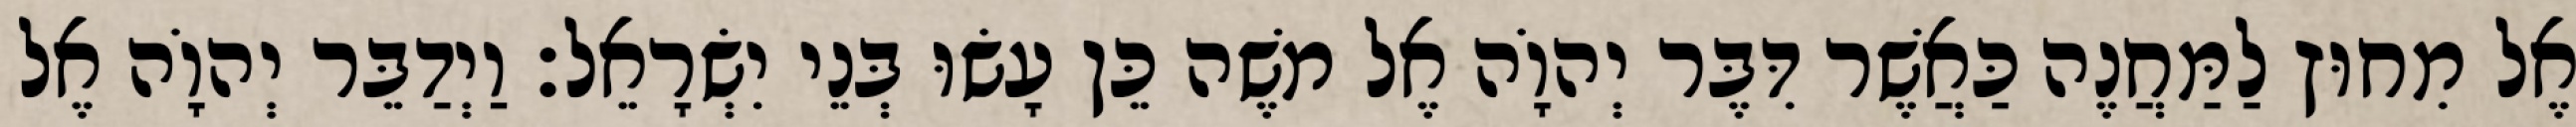
אֶל מִחוּץ לַמַּחֲנֶה כַּאֲשֶׁר דִּבֶּר יְהוָֹה אֶל משֶׁה כֵּן עָשׂוּ בְּנֵי יִשְׂרָאֵל׃ וַיְדַבֵּר יְהוָֹה אֶל